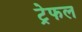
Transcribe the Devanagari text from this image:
ट्रेफल